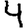
Digit: 4